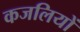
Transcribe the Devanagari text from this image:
कजलियों